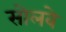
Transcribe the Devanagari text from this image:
सोलवे